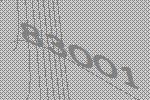
83001